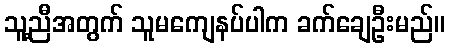
သူ့ညီအတွက် သူမကျေနပ်ပါက ခက်ချေဦးမည်။